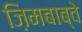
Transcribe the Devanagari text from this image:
ज़िमबाब्वे